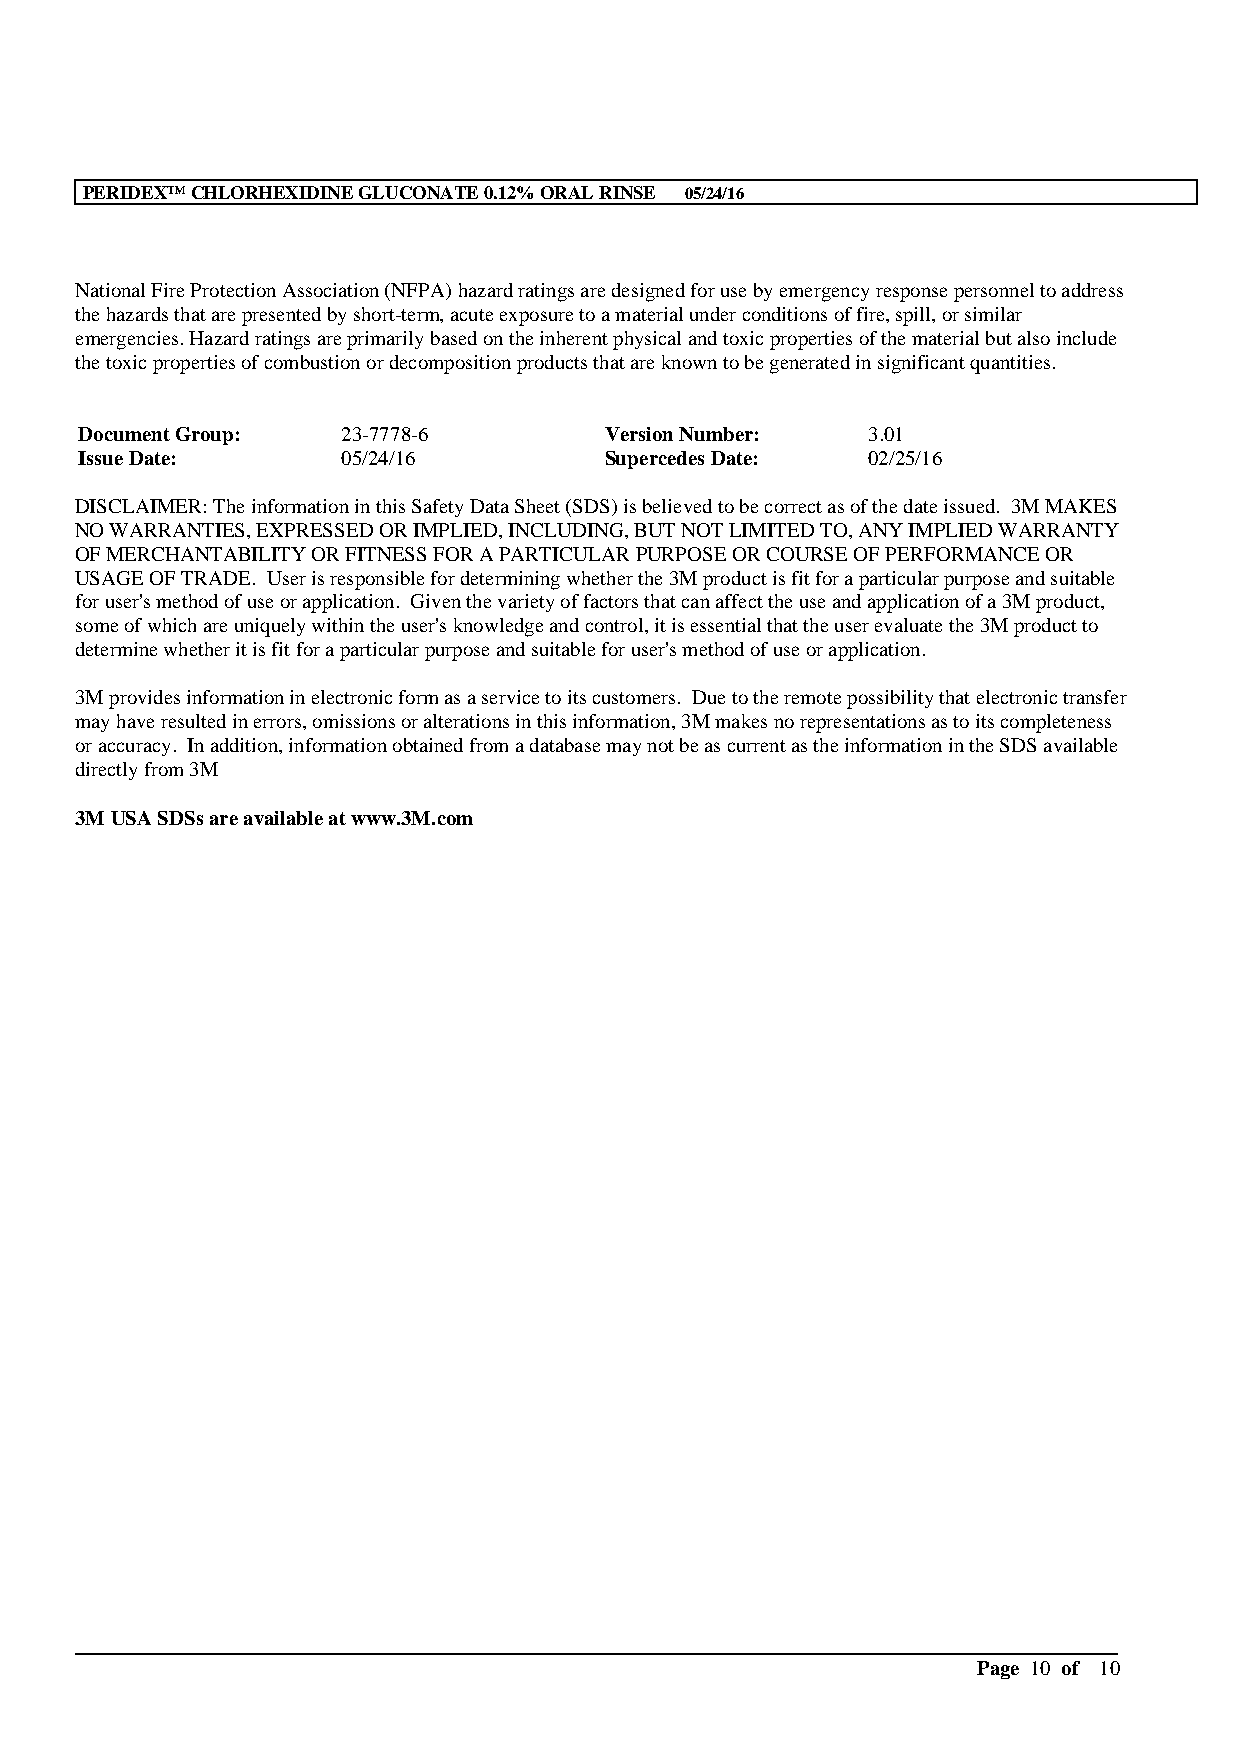
PERIDEX™CHLORHEXIDINE GLUCONATE 0.12% ORAL RINSE 05/24/16
 National Fire Protection Association (NFPA) hazard ratings are designed for use by emergency response personnel to address
 the hazards that are presented by short-term, acute exposure to a material under conditions of fire, spill, or similar
 emergencies. Hazard ratings are primarily based on the inherent physical and toxic properties of the material but also include
 the toxic properties of combustion or decomposition products that are known to be generated in significant quantities.
 Document Group:   23-7778-6        Version Number:  3.01
 Issue Date:       05/24/16         Supercedes Date: 02/25/16
 DISCLAIMER: The information in this Safety Data Sheet (SDS) is believed to be correct as of the date issued. 3M MAKES
 NO WARRANTIES, EXPRESSED OR IMPLIED, INCLUDING, BUT NOT LIMITED TO, ANY IMPLIED WARRANTY
 OF MERCHANTABILITY OR FITNESS FOR A PARTICULAR PURPOSE OR COURSE OF PERFORMANCE OR
 USAGE OF TRADE. User is responsible for determining whether the 3M product is fit for a particular purpose and suitable
 for user's method of use or application. Given the variety of factors that can affect the use and application of a 3M product,
 some of which are uniquely within the user's knowledge and control, it is essential that the user evaluate the 3M product to
 determine whether it is fit for a particular purpose and suitable for user's method of use or application.
 3M provides information in electronic form as a service to its customers. Due to the remote possibility that electronic transfer
 may have resulted in errors, omissions or alterations in this information, 3M makes no representations as to its completeness
 or accuracy. In addition, information obtained from a database may not be as current as the information in the SDS available
 directly from 3M
 3MUSA SDSs are available at www.3M.com
 __________________________________________________________________________________________
 Page 10 of 10